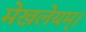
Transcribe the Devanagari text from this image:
मेखलेयम्।